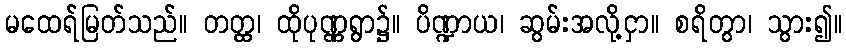
မထေရ်မြတ်သည်။ တတ္ထ၊ ထိုပုဏ္ဏရွာ၌။ ပိဏ္ဍာယ၊ ဆွမ်းအလို့ငှာ။ စရိတွာ၊ သွား၍။